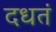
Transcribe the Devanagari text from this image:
दधतं